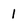
Character: 1